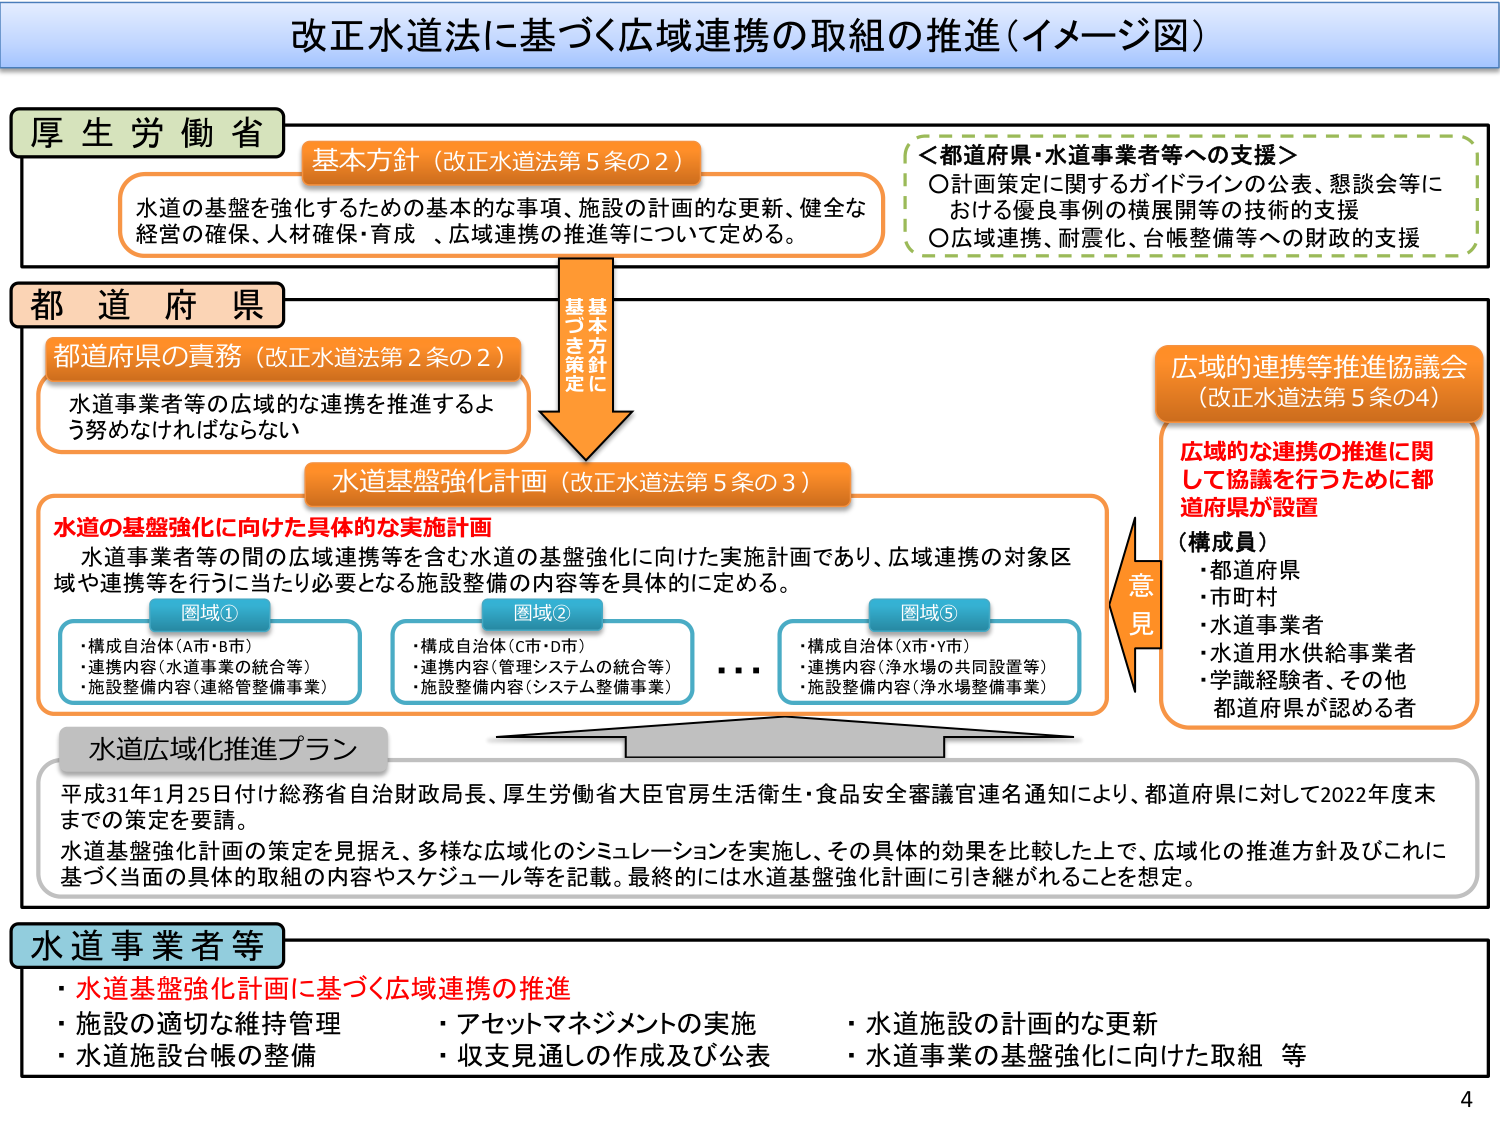
改正水道法に基づく広域連携の取組の推進（イメージ図）

厚生労働省
基本方針（改正水道法第5条の2）
水道の基盤を強化するための基本的な事項、施設の計画的な更新、健全な経営の確保、人材確保・育成、広域連携の推進等について定める。

＜都道府県・水道事業者等への支援＞
〇計画策定に関するガイドラインの公表、懇談会等における優良事例の横展開等の技術的支援
〇広域連携、耐震化、台帳整備等への財政的支援

都道府県
都道府県の責務（改正水道法第2条の2）
水道事業者等の広域的な連携を推進するよう努めなければならない

基本方針に基づき策定に
水道基盤強化計画（改正水道法第5条の3）
水道の基盤強化に向けた具体的な実施計画
水道事業者等の間の広域連携等を含む水道の基盤強化に向けた実施計画であり、広域連携の対象区域や連携等を行うに当たり必要となる施設整備の内容等を具体的に定める。

図域①
・構成自治体（A市・B市）
・連携内容（水道事業の統合等）
・施設整備内容（連絡管整備事業）

図域②
・構成自治体（C市・D市）
・連携内容（管理システムの統合等）
・施設整備内容（システム整備事業）

図域⑤
・構成自治体（X市・Y市）
・連携内容（浄水場の共同設置等）
・施設整備内容（浄水場整備事業）

広域的連携等推進協議会
（改正水道法第5条の4）
広域的な連携の推進に関して協議を行うために都道府県が設置
（構成員）
・都道府県
・市町村
・水道事業者
・水道用水供給事業者
・学識経験者、その他都道府県が認める者

意見

水道広域化推進プラン
平成31年1月25日付け総務省自治財政局長、厚生労働省大臣官房生活衛生・食品安全審議官連名通知により、都道府県に対して2022年度末までの策定を要請。
水道基盤強化計画の策定を見据え、多様な広域化のシミュレーションを実施し、その具体的効果を比較した上で、広域化の推進方針及びこれに基づく当面の具体的取組の内容やスケジュール等を記載。最終的には水道基盤強化計画に引き継がれることを想定。

水道事業者等
・水道基盤強化計画に基づく広域連携の推進
・施設の適切な維持管理
・水道施設台帳の整備
・アセットマネジメントの実施
・収支見通しの作成及び公表
・水道施設の計画的な更新
・水道事業の基盤強化に向けた取組等

4